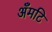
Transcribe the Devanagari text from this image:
अँमटि